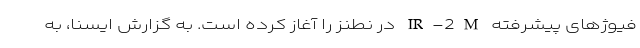
فیوژهای پیشرفته IR-2M در نطنز را آغاز کرده است. به گزارش ایسنا، به